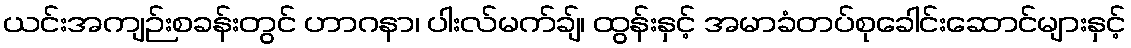
ယင်းအကျဉ်းစခန်းတွင် ဟာဂနာ၊ ပါးလ်မက်ချ်၊ ထွန်းနှင့် အမာခံတပ်စုခေါင်းဆောင်များနှင့်